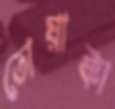
তোয়াক্কা